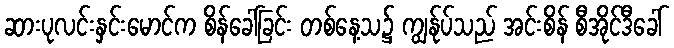
ဆားပုလင်းနှင်းမောင်က စိန်ခေါ်ခြင်း တစ်နေ့သ၌ ကျွန်ုပ်သည် အင်းစိန် စီအိုင်ဒီခေါ်